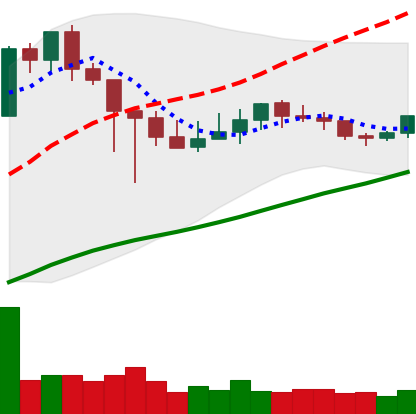
Ticker: XMR-USD
Chart end date: 2021-03-08
Forward return: 7.899%
Label: up_7plus